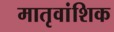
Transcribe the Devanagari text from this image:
मातृवांशिक